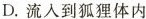
D.流入到狐狸体内